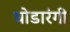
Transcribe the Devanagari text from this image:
घोडारंगी